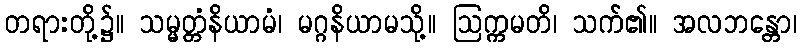
တရားတို့၌။ သမ္မတ္တံနိယာမံ၊ မဂ္ဂနိယာမသို့။ ဩက္ကမတိ၊ သက်၏။ အလဘန္တော၊